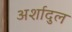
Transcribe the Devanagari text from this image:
अर्शादुल